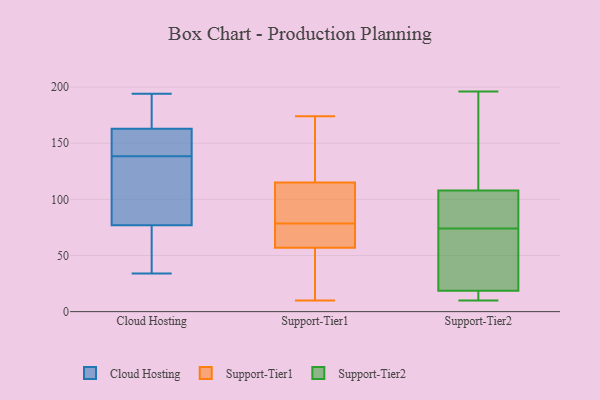
{"axis": {"x": "Headcount", "y": "Value"}, "legend": ["Cloud Hosting", "Support-Tier1", "Support-Tier2"], "data": [{"x": "", "y": 163, "type": "Cloud Hosting"}, {"x": "", "y": 55, "type": "Cloud Hosting"}, {"x": "", "y": 137, "type": "Cloud Hosting"}, {"x": "", "y": 163, "type": "Cloud Hosting"}, {"x": "", "y": 162, "type": "Cloud Hosting"}, {"x": "", "y": 74, "type": "Cloud Hosting"}, {"x": "", "y": 59, "type": "Cloud Hosting"}, {"x": "", "y": 170, "type": "Cloud Hosting"}, {"x": "", "y": 78, "type": "Cloud Hosting"}, {"x": "", "y": 180, "type": "Cloud Hosting"}, {"x": "", "y": 140, "type": "Cloud Hosting"}, {"x": "", "y": 140, "type": "Cloud Hosting"}, {"x": "", "y": 147, "type": "Cloud Hosting"}, {"x": "", "y": 194, "type": "Cloud Hosting"}, {"x": "", "y": 169, "type": "Cloud Hosting"}, {"x": "", "y": 133, "type": "Cloud Hosting"}, {"x": "", "y": 76, "type": "Cloud Hosting"}, {"x": "", "y": 120, "type": "Cloud Hosting"}, {"x": "", "y": 83, "type": "Cloud Hosting"}, {"x": "", "y": 34, "type": "Cloud Hosting"}, {"x": "", "y": 57, "type": "Support-Tier1"}, {"x": "", "y": 81, "type": "Support-Tier1"}, {"x": "", "y": 10, "type": "Support-Tier1"}, {"x": "", "y": 115, "type": "Support-Tier1"}, {"x": "", "y": 60, "type": "Support-Tier1"}, {"x": "", "y": 139, "type": "Support-Tier1"}, {"x": "", "y": 83, "type": "Support-Tier1"}, {"x": "", "y": 118, "type": "Support-Tier1"}, {"x": "", "y": 35, "type": "Support-Tier1"}, {"x": "", "y": 82, "type": "Support-Tier1"}, {"x": "", "y": 70, "type": "Support-Tier1"}, {"x": "", "y": 76, "type": "Support-Tier1"}, {"x": "", "y": 50, "type": "Support-Tier1"}, {"x": "", "y": 174, "type": "Support-Tier1"}, {"x": "", "y": 11, "type": "Support-Tier2"}, {"x": "", "y": 108, "type": "Support-Tier2"}, {"x": "", "y": 21, "type": "Support-Tier2"}, {"x": "", "y": 36, "type": "Support-Tier2"}, {"x": "", "y": 108, "type": "Support-Tier2"}, {"x": "", "y": 89, "type": "Support-Tier2"}, {"x": "", "y": 84, "type": "Support-Tier2"}, {"x": "", "y": 185, "type": "Support-Tier2"}, {"x": "", "y": 14, "type": "Support-Tier2"}, {"x": "", "y": 88, "type": "Support-Tier2"}, {"x": "", "y": 16, "type": "Support-Tier2"}, {"x": "", "y": 10, "type": "Support-Tier2"}, {"x": "", "y": 162, "type": "Support-Tier2"}, {"x": "", "y": 27, "type": "Support-Tier2"}, {"x": "", "y": 64, "type": "Support-Tier2"}, {"x": "", "y": 196, "type": "Support-Tier2"}]}